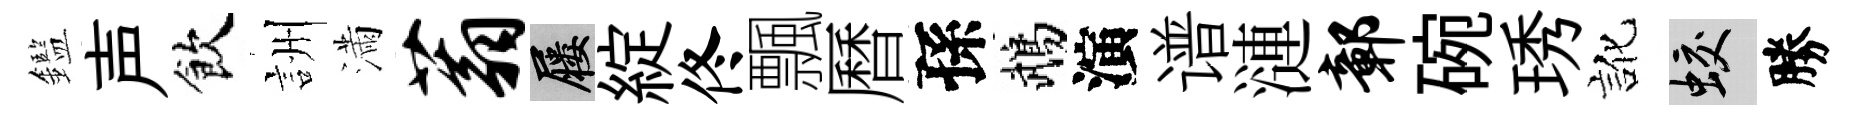
鑑声飲詶滿蓊屨綻佟飄曆孫鵡演谱漣鄣碗琇訛蛟勝